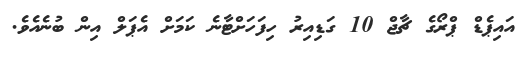
އައިޕެޑް ޕްރޯގެ ޗާޖް 10 ގަޑިއިރު ހިފަހަށްޓާނެ ކަމަށް އެޕަލް އިން ބުނެއެވެ.